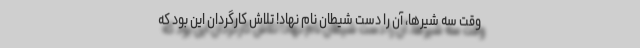
وقت سه شیرها، آن را دست شیطان نام نهاد! تلاش کارگردان این بود که